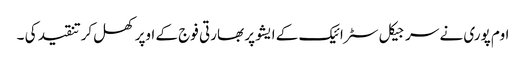
اوم پوری نے سرجیکل سٹرائیک کے ایشو پر بھارتی فوج کے اوپر کھل کرتنقید کی ۔